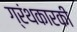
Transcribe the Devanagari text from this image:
ग्रंथकारकी